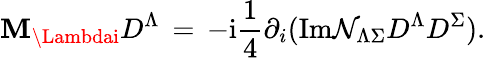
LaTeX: \mathbf{M}_{\Lambdai}D^{\Lambda}\, =\, -\mathrm{{{i}}}\frac{{1}}{{4}}\partial_{i}(\mathrm{{{Im}}}{\mathcal{{N}}}_{\Lambda\Sigma}D^{\Lambda}D^{\Sigma}).